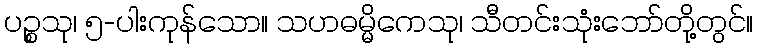
ပဉ္စသု၊ ၅-ပါးကုန်သော။ သဟဓမ္မိကေသု၊ သီတင်းသုံးဘော်တို့တွင်။